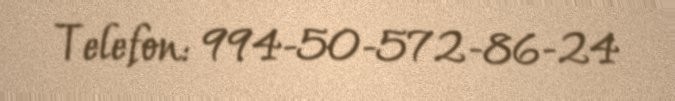
Telefon: 994-50-572-86-24